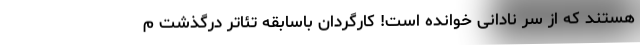
هستند که از سر نادانی خوانده است! کارگردان باسابقه تئاتر درگذشت م